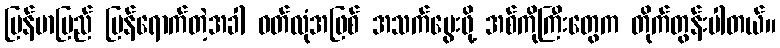
မြန်မာပြည် ပြန်ရောက်တဲ့အခါ ဝတ်လုံအဖြစ် အသက်မွေးဖို့ အစ်ကိုကြီးတွေက တိုက်တွန်းပါတယ်။